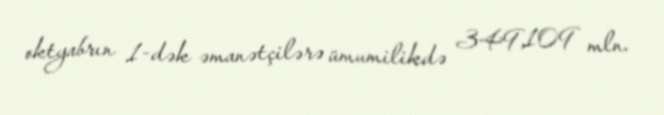
oktyabrın 1-dək əmanətçilərə ümumilikdə 349,109 mln.